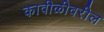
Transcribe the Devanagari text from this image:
कावीळीवरील